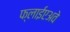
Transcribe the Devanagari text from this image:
फ्लाईएअवे